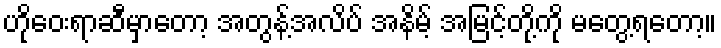
ဟိုဝေးရာဆီမှာတော့ အတွန့်အလိပ် အနိမ့် အမြင့်တို့ကို မတွေ့ရတော့။